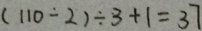
( 1 1 0 \div 2 ) \div 3 + 1 = 3 7